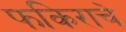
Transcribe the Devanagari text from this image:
फकिराचे